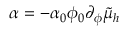
\alpha = - \alpha _ { 0 } \phi _ { 0 } \partial _ { \phi } \tilde { \mu } _ { h }